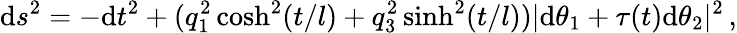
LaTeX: \mathrm{d}s^{2}=-\mathrm{d}t^{2}+(q_{1}^{2}\cosh^{2}(t/l)+q_{3}^{2}\sinh^{2}(t/l))|\mathrm{d}\theta_{1}+\tau(t)\mathrm{d}\theta_{2}|^{2}\, ,